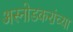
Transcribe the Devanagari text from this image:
अस्नोडकरांच्या